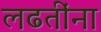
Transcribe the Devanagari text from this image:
लढतींना